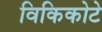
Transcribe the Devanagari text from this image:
विकिकोटे